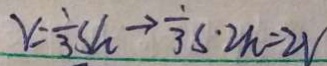
V = \frac { 1 } { 3 } s h \rightarrow \frac { 1 } { 3 } s \cdot 2 h = 2 V